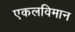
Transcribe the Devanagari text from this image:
एकलविमान